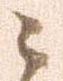
々